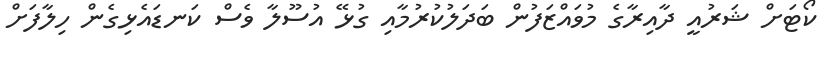
ކޯޓަށް ޝަރުއީ ދާއިރާގެ މުވައްޒަފުން ބަދަލުކުރުމާއި ގުޅޭ އުސޫލާ ވެސް ކަނޑައެޅިގެން ހިލާފަށް